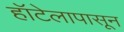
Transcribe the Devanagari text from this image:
हॉटेलापासून